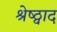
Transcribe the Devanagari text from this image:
श्रेष्ठ्वाद